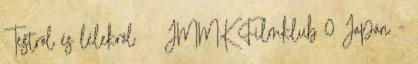
Testről és lélekről JMMK Filmklub 0 Japán –